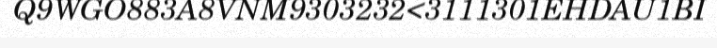
Q9WGO883A8VNM9303232<3111301EHDAU1BI